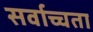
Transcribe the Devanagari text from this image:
सर्वाच्चता